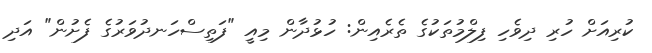
ކުރިއަށް ހުރި ދިވެހި ފިލްމުތަކުގެ ތެރެއިން: ހުޅުދާން މިއީ "ފަތިސްހަނދުވަރުގެ ފެށުން" އަދި